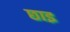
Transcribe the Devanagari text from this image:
छाइ